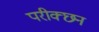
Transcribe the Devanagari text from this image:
परीक्छन